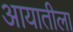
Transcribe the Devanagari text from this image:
आयातीला